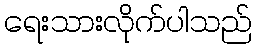
ရေးသားလိုက်ပါသည်